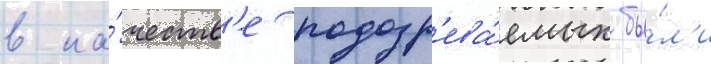
в ка́честв'е подозр'ева́емых бы́л'и